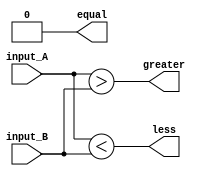
module comparator_4bit(
    input [3:0] input_A,
    input [3:0] input_B,
    output equal,
    output greater,
    output less
);

    wire [3:0] equal_bits;
    wire [3:0] greater_bits;
    wire [3:0] less_bits;

    assign equal_bits = (input_A == input_B);
    assign greater_bits = (input_A > input_B);
    assign less_bits = (input_A < input_B);

    assign equal = &equal_bits;
    assign greater = |greater_bits;
    assign less = |less_bits;

endmodule